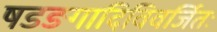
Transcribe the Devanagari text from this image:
षडङगादिविवर्जितः